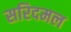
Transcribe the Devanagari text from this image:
सरिदमल